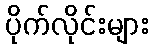
ပိုက်လိုင်းများ